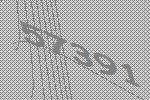
57391